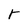
Character: r